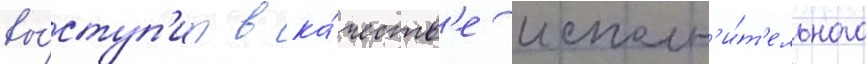
вы́ступ'ит в ка́честв'е исполн'и́т'ельного